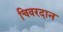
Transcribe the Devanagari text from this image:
चिवरदान